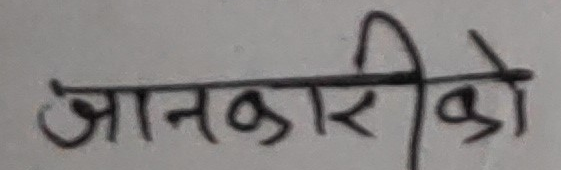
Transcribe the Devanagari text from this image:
जानकारीको